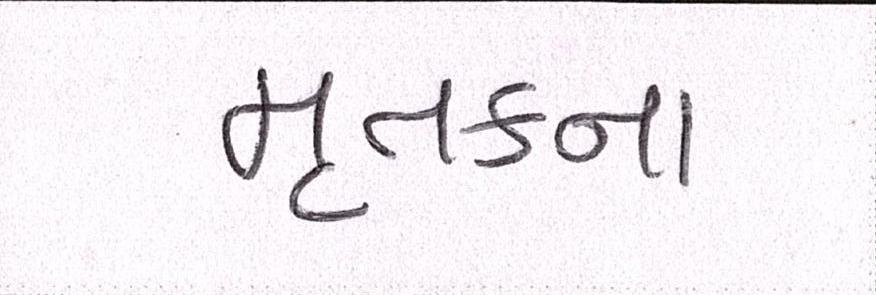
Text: મૃતકના